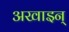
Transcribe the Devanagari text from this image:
अखाइन्